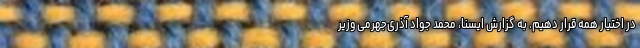
در اختیار همه قرار دهیم. به گزارش ایسنا، محمد جواد آذری‌جهرمی وزیر